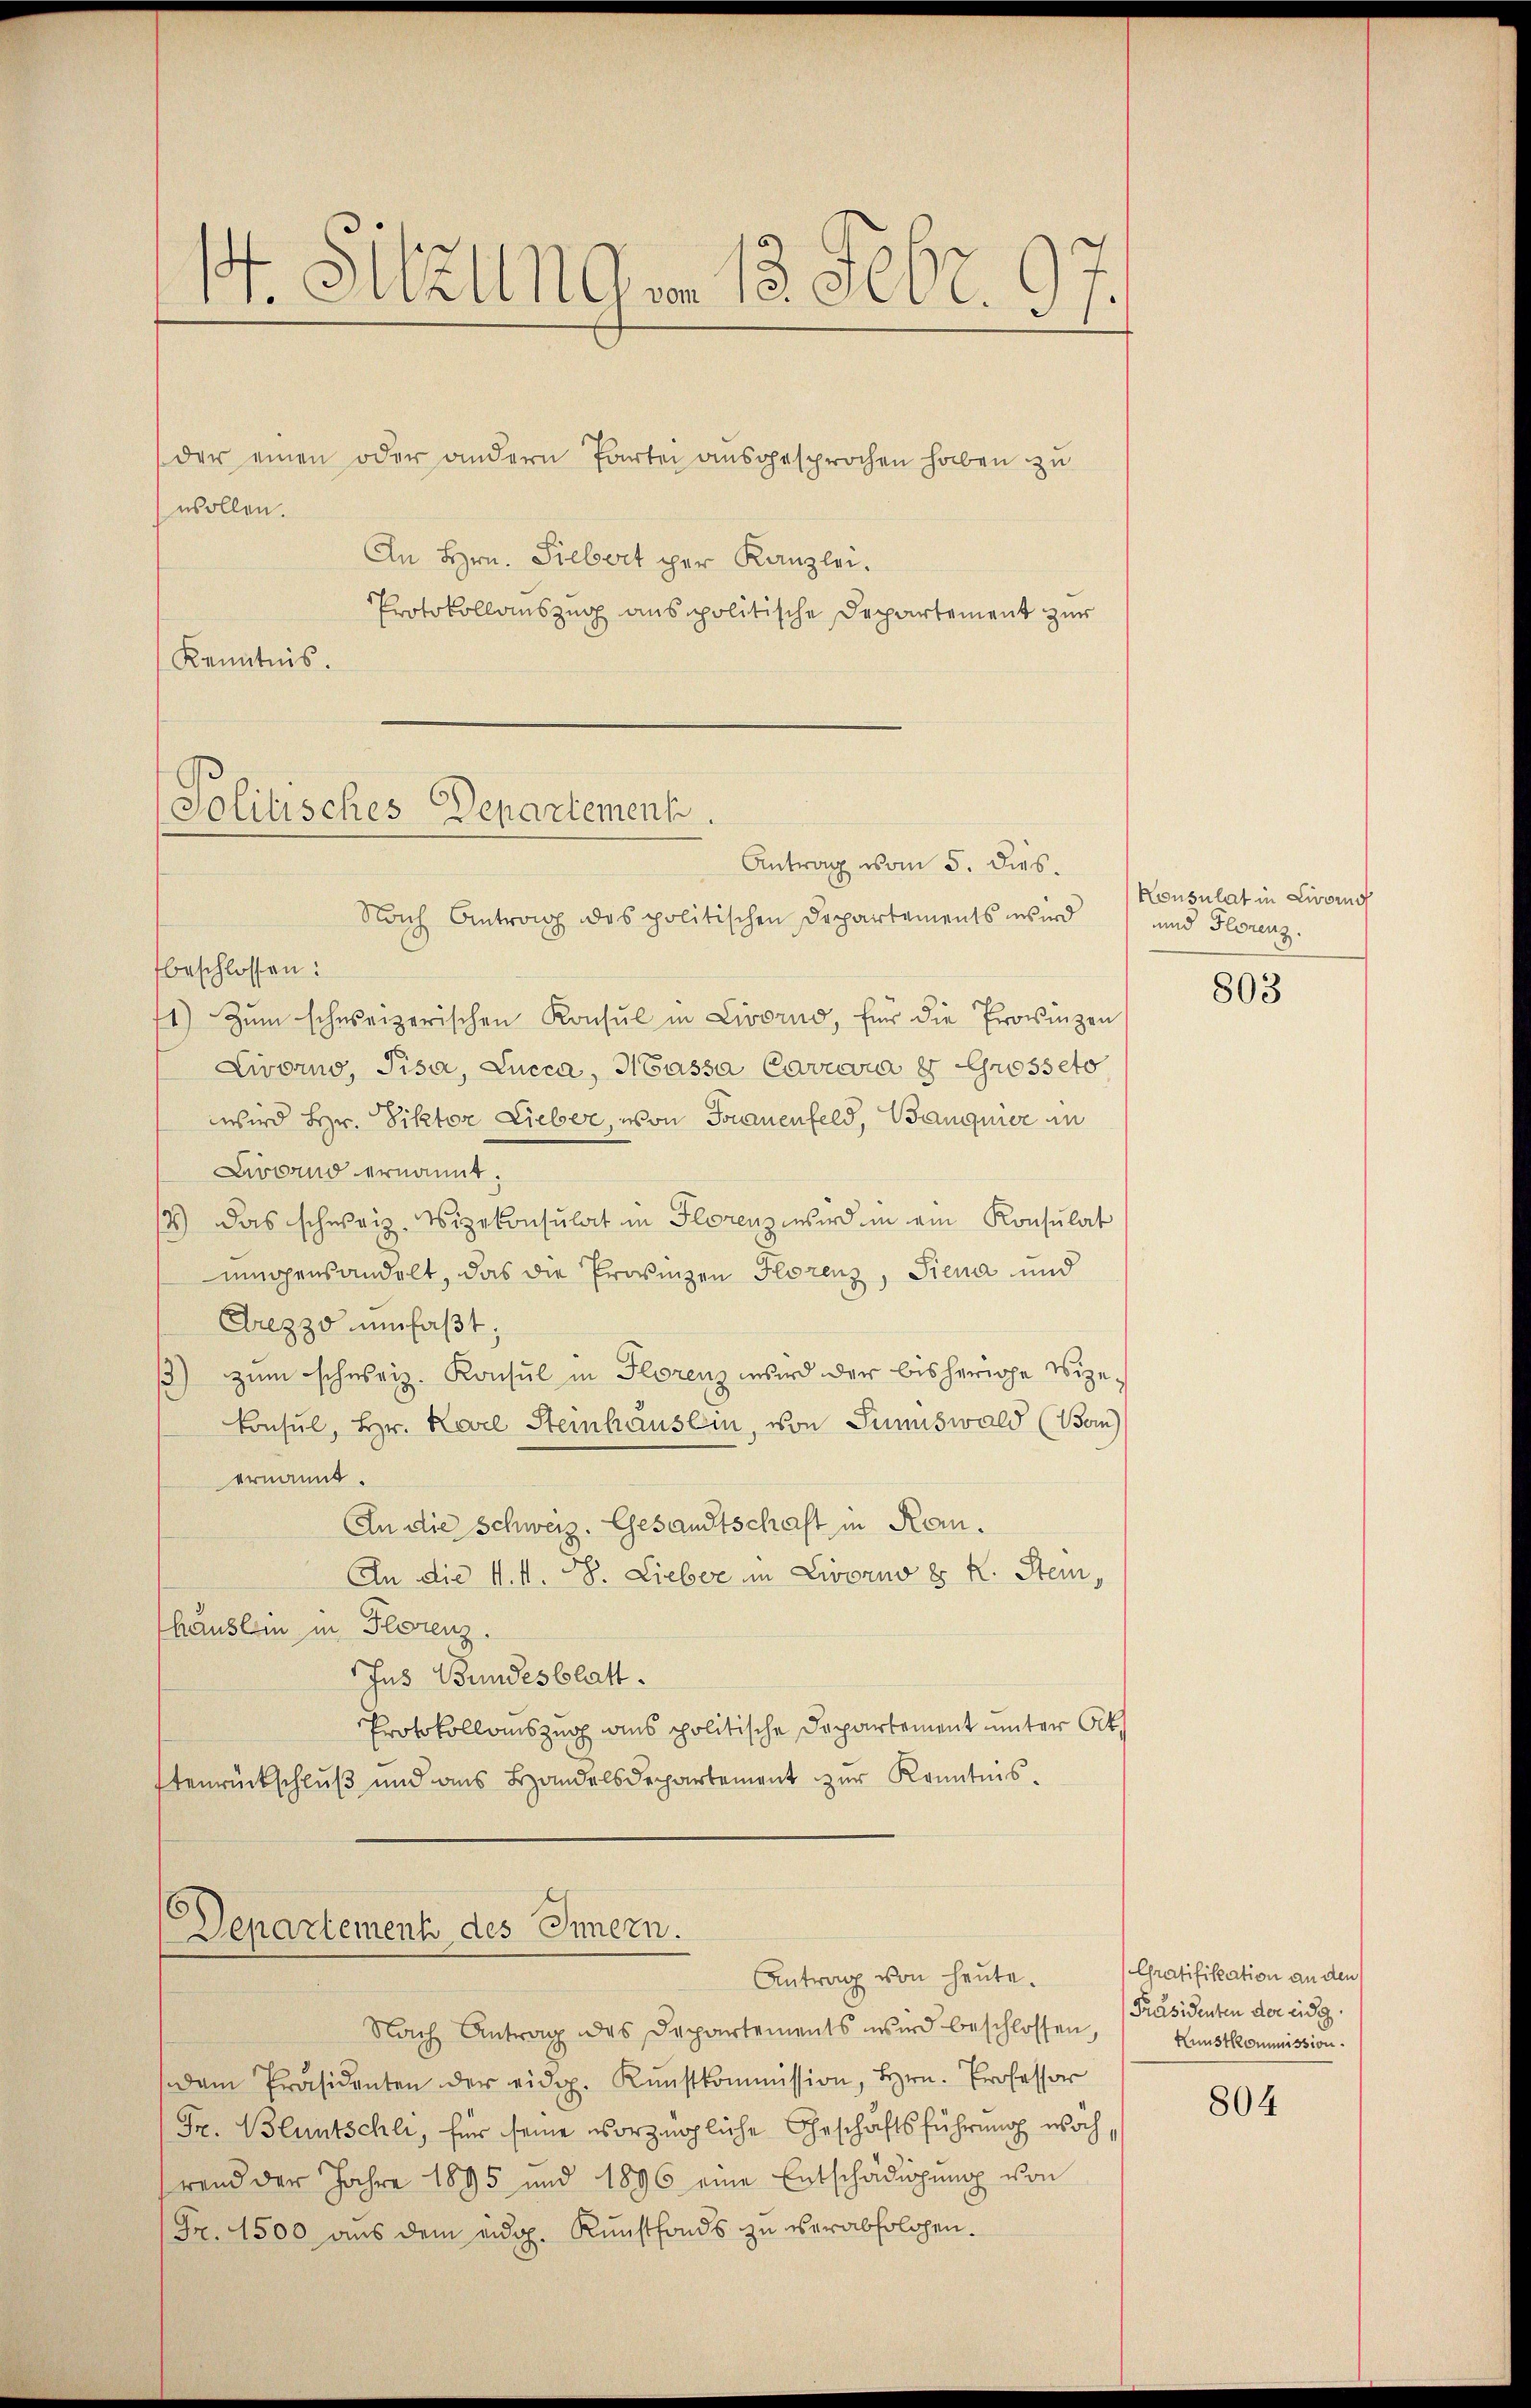
I. Sellner 1802. 97

der einen oder andern Partei ausgesprochen haben zu
wollen.
An Hrn. Siebert per Kanzlei.
Protokollauszug ausspolitische Departement zur
Kenntnis.

Nach Antrag des politischen Departements wird
beschlossen:
1) Zŭm schweizerischen Konsul in Livorno, für die Provinzen
Livorno, Pisa, Lucca, Massa Coveevia   Grosseto
wird Hr. Viktor Lieber, von Frauenfeld, Banquier in
Zirband ernannt.
4) Das schweiz. Vizekonsulat in Florenz wird in ein Konsulat
müggensandelt, das die Provinzen Horenz, Siena und
Grezzo umfaßt:
) zum schweiz. Konsul in Florenz wird der bisherige Vize¬
Konsul, Hr. Karl Steinhausein, von Sumiswald (Ban)
ernannt.
An die Schweiz. Gesandtschaft in Kom¬
An die N. N. V. Lieber in Livorno d. R. Stein,
häuslin in Florenz.
Jus Bundesblatt.
Protokollomszug aus politische Departement unter Art.
Etenrückschluß und aus Handelsdeppartement zur Kenntnis¬

Nach Antrag des Departements wird beschlossen, Kunstkommission.
Dem Präsidenten der eidg. Kŭnstkommission, Hrn. Professor
Fr. Bluntschli, für seine vorzügliche Geschäftsführung woch,
rend der Jahre 1895 und 1896 eine Entschädigung von
Fr. 1500 aus dem eidg. Kunstfonds zu verabfolgen.

Politisches Departement.
Antrag vom 5. dies.

Departement des Innern.
Antrag von heute.

Konsulat in Livorn
und Florenz.

803

Gratifikation an den
[Präsidenten der eidg.

804